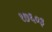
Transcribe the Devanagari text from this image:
१७६०३